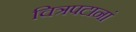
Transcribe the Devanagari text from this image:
चित्रपटानां